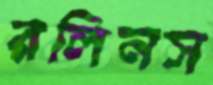
রলিনস